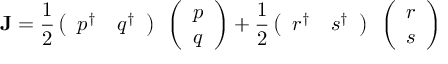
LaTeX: { \bf J } = { \frac { 1 } { 2 } } \left( \begin{array} { c c } { { p ^ { \dagger } } } & { { q ^ { \dagger } } } \end{array} \right) { \bf \sigma } \left( \begin{array} { c } { { p } } \\ { { q } } \end{array} \right) + { \frac { 1 } { 2 } } \left( \begin{array} { c c } { { r ^ { \dagger } } } & { { s ^ { \dagger } } } \end{array} \right) { \bf \sigma } \left( \begin{array} { c } { { r } } \\ { { s } } \end{array} \right)